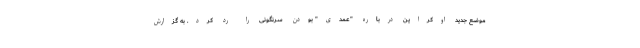
موضع جدید اوکراین درباره "عمدی" بودن سرنگونی را رد کرد. به گزارش